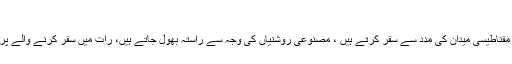
مصنوعی روشنی حیوانات پر تین طرح سے اثر انداز ہورہی ہیں،
ہجرتی پرندے، وہیل مچھلیاں، کچھوئے اور ایسے حیوانات جو روشنی اور مقناطیسی میدان کی مدد سے سفر کرتے ہیں ، مصنوعی روشنیاں کی وجہ سے راستہ بھول جاتے ہیں، رات میں سفر کرنے والے پرندے ان روشنیوں کی وجہ سے عمارتوں کی کھڑکیوں سے جاٹکراتے ہیں۔